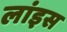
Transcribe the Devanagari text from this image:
लांइस